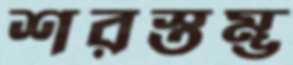
শরস্তম্ভ